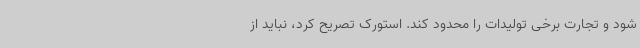
شود و تجارت برخی تولیدات را محدود کند. استورک تصریح کرد، نباید از